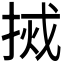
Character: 𫽃